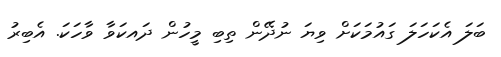
ބަލަ އެކަހަލަ ގައުމަކަށް ވިޔަ ނުދޭން ތިބި މީހުން ދައކަވާ ވާހަކަ. އެބިރު